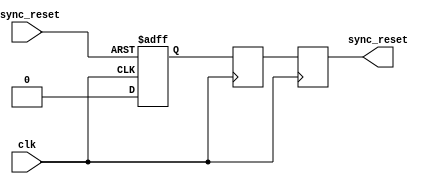
module async_reset_synchronizer (
    input wire async_reset,  // Asynchronous reset signal
    input wire clk,          // Clock signal
    output reg sync_reset    // Synchronized reset signal
);

    // Internal signals for the flip-flops
    reg ff1, ff2;

    // Asynchronous reset detection and synchronization logic
    always @(posedge clk or posedge async_reset) begin
        if (async_reset) begin
            // If async_reset is asserted, reset the first flip-flop
            ff1 <= 1'b1; // Assert reset state
        end else begin
            // Otherwise, sample the first flip-flop
            ff1 <= 1'b0; // De-assert reset state
        end
    end

    always @(posedge clk) begin
        // Synchronize ff1 output to ff2
        ff2 <= ff1; // Capture the first flip-flop's output
    end

    // Generate the synchronized reset signal
    always @(posedge clk) begin
        sync_reset <= ff2; // Output the synchronized reset signal
    end

endmodule